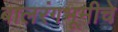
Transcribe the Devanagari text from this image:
बालरंगभूमीचे